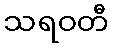
သရဝတီ